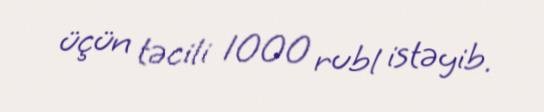
üçün təcili 1000 rubl istəyib.